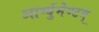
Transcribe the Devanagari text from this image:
आर्ग्युमेण्टम्